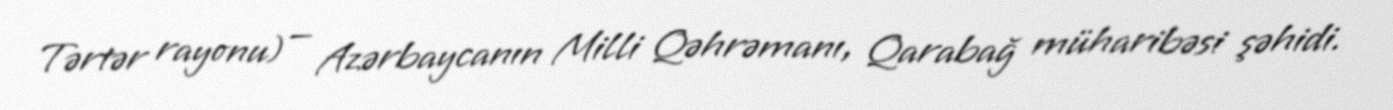
Tərtər rayonu) — Azərbaycanın Milli Qəhrəmanı, Qarabağ müharibəsi şəhidi.